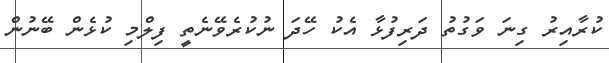
ކުރާއިރު ގިނަ ވަގުތު ދަރިފުޅާ އެކު ހޭދަ ނުކުރެވޭނެތީ ފިލްމި ކުޅެން ބޭނުން